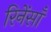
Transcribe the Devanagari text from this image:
रिनेंसाँ